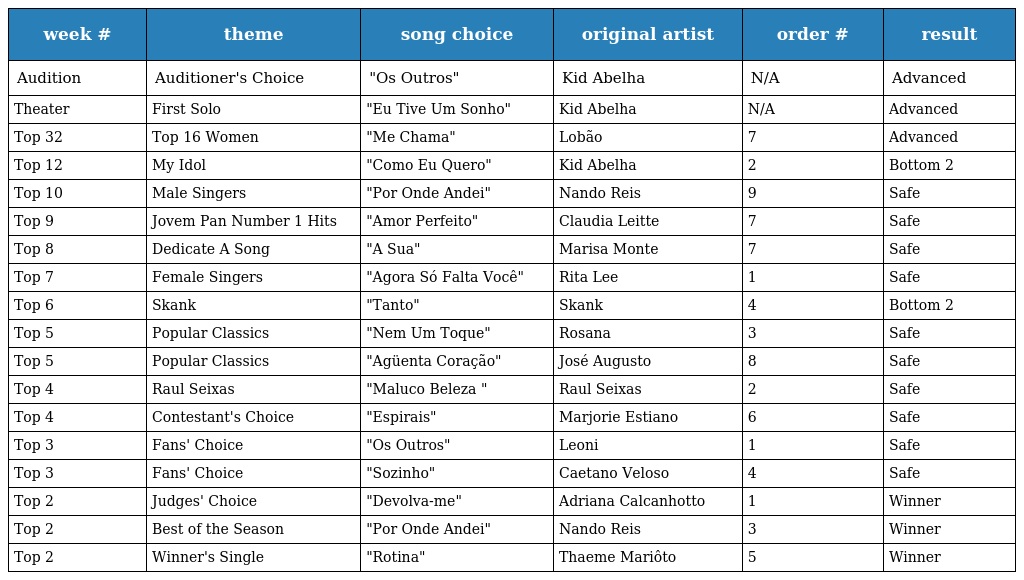
| week # | theme | song choice | original artist | order # | result |
 | --- | --- | --- | --- | --- | --- |
 | Audition | Auditioner's Choice | "Os Outros" | Kid Abelha | N/A | Advanced |
 | Theater | First Solo | "Eu Tive Um Sonho" | Kid Abelha | N/A | Advanced |
 | Top 32 | Top 16 Women | "Me Chama" | Lobão | 7 | Advanced |
 | Top 12 | My Idol | "Como Eu Quero" | Kid Abelha | 2 | Bottom 2 |
 | Top 10 | Male Singers | "Por Onde Andei" | Nando Reis | 9 | Safe |
 | Top 9 | Jovem Pan Number 1 Hits | "Amor Perfeito" | Claudia Leitte | 7 | Safe |
 | Top 8 | Dedicate A Song | "A Sua" | Marisa Monte | 7 | Safe |
 | Top 7 | Female Singers | "Agora Só Falta Você" | Rita Lee | 1 | Safe |
 | Top 6 | Skank | "Tanto" | Skank | 4 | Bottom 2 |
 | Top 5 | Popular Classics | "Nem Um Toque" | Rosana | 3 | Safe |
 | Top 5 | Popular Classics | "Agüenta Coração" | José Augusto | 8 | Safe |
 | Top 4 | Raul Seixas | "Maluco Beleza " | Raul Seixas | 2 | Safe |
 | Top 4 | Contestant's Choice | "Espirais" | Marjorie Estiano | 6 | Safe |
 | Top 3 | Fans' Choice | "Os Outros" | Leoni | 1 | Safe |
 | Top 3 | Fans' Choice | "Sozinho" | Caetano Veloso | 4 | Safe |
 | Top 2 | Judges' Choice | "Devolva-me" | Adriana Calcanhotto | 1 | Winner |
 | Top 2 | Best of the Season | "Por Onde Andei" | Nando Reis | 3 | Winner |
 | Top 2 | Winner's Single | "Rotina" | Thaeme Mariôto | 5 | Winner |